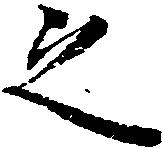
之